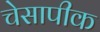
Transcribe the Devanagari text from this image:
चेसापीक